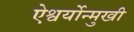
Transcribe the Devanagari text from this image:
ऐश्वर्योन्मुखी